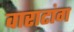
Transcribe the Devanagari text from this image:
वाराटांग